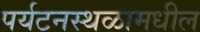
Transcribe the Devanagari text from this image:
पर्यटनस्थळामधील